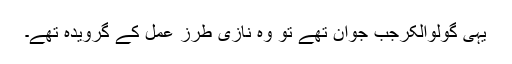
یہی گولوالکرجب جوان تھے تو وہ نازی طرزِ عمل کے گرویدہ تھے۔